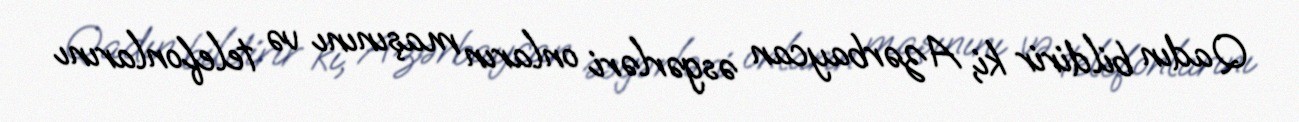
Qadın bildirir ki, Azərbaycan əsgərləri onların maşınını və telefonlarını